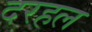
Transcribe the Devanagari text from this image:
दरहल